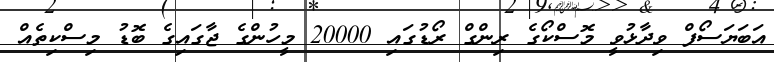
އަބަޔަސޯފް ވިދާޅުވީ މޮޮސްކޯގެ ރިންގް ރޯޑުގައި 20000 މީހުންގެ ޖާގައިގެ ބޮޑު މިސްކިތެއް